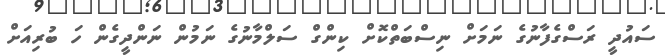
ސައުދީ ރަސްގެފާނުގެ ނަމަށް ނިސްބަތްކޮށް ކިންގް ސަލްމާނުގެ ނަމުން ނަންދީގެން ހަ ބުރިއަށް